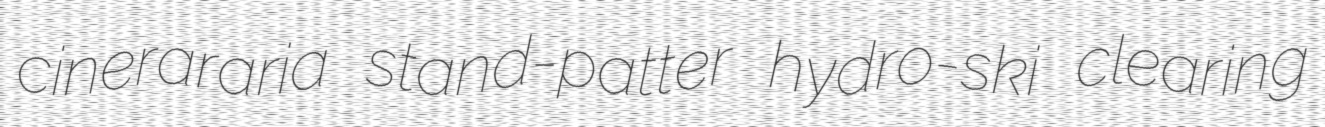
cinerararia stand-patter hydro-ski clearing